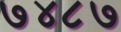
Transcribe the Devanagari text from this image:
७४८७